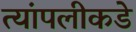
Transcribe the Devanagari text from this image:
त्यांपलीकडे